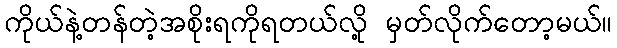
ကိုယ်နဲ့တန်တဲ့အစိုးရကိုရတယ်လို့ မှတ်လိုက်တော့မယ်။